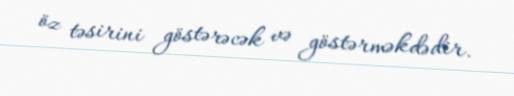
öz təsirini göstərəcək və göstərməkdədir.